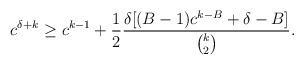
LaTeX: \begin{align*}c^{\delta+k} \ge c^{k-1}+\frac{1}{2}\frac{\delta[(B-1)c^{k-B} + \delta-B]}{\binom{k}{2}}.\end{align*}